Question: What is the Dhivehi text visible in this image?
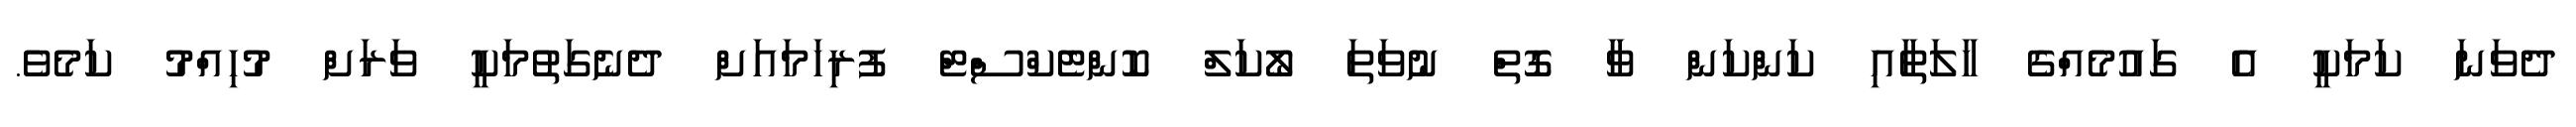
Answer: ދެވަނަ ކަމަކީ އެ ގައުމެއްގެ ހާލަތާއި ކަންކަން ވާ ގޮތް ނުވަތަ ލޯކަލް ކޮންޓެކްސްޓް ފުރިހަމައަށް ދެނެގަތުމަކީ ވަރަށް މުހިއްމު ކަމެވެ.